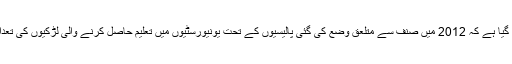
تاہم رپورٹ میں بتایا گیا ہے کہ 2012 میں صنف سے متلعق وضع کی گئی پالیسیوں کے تحت یونیورسٹیوں میں تعلیم حاصل کرنے والی لڑکیوں کی تعداد میں کمی ہوئی ہے۔